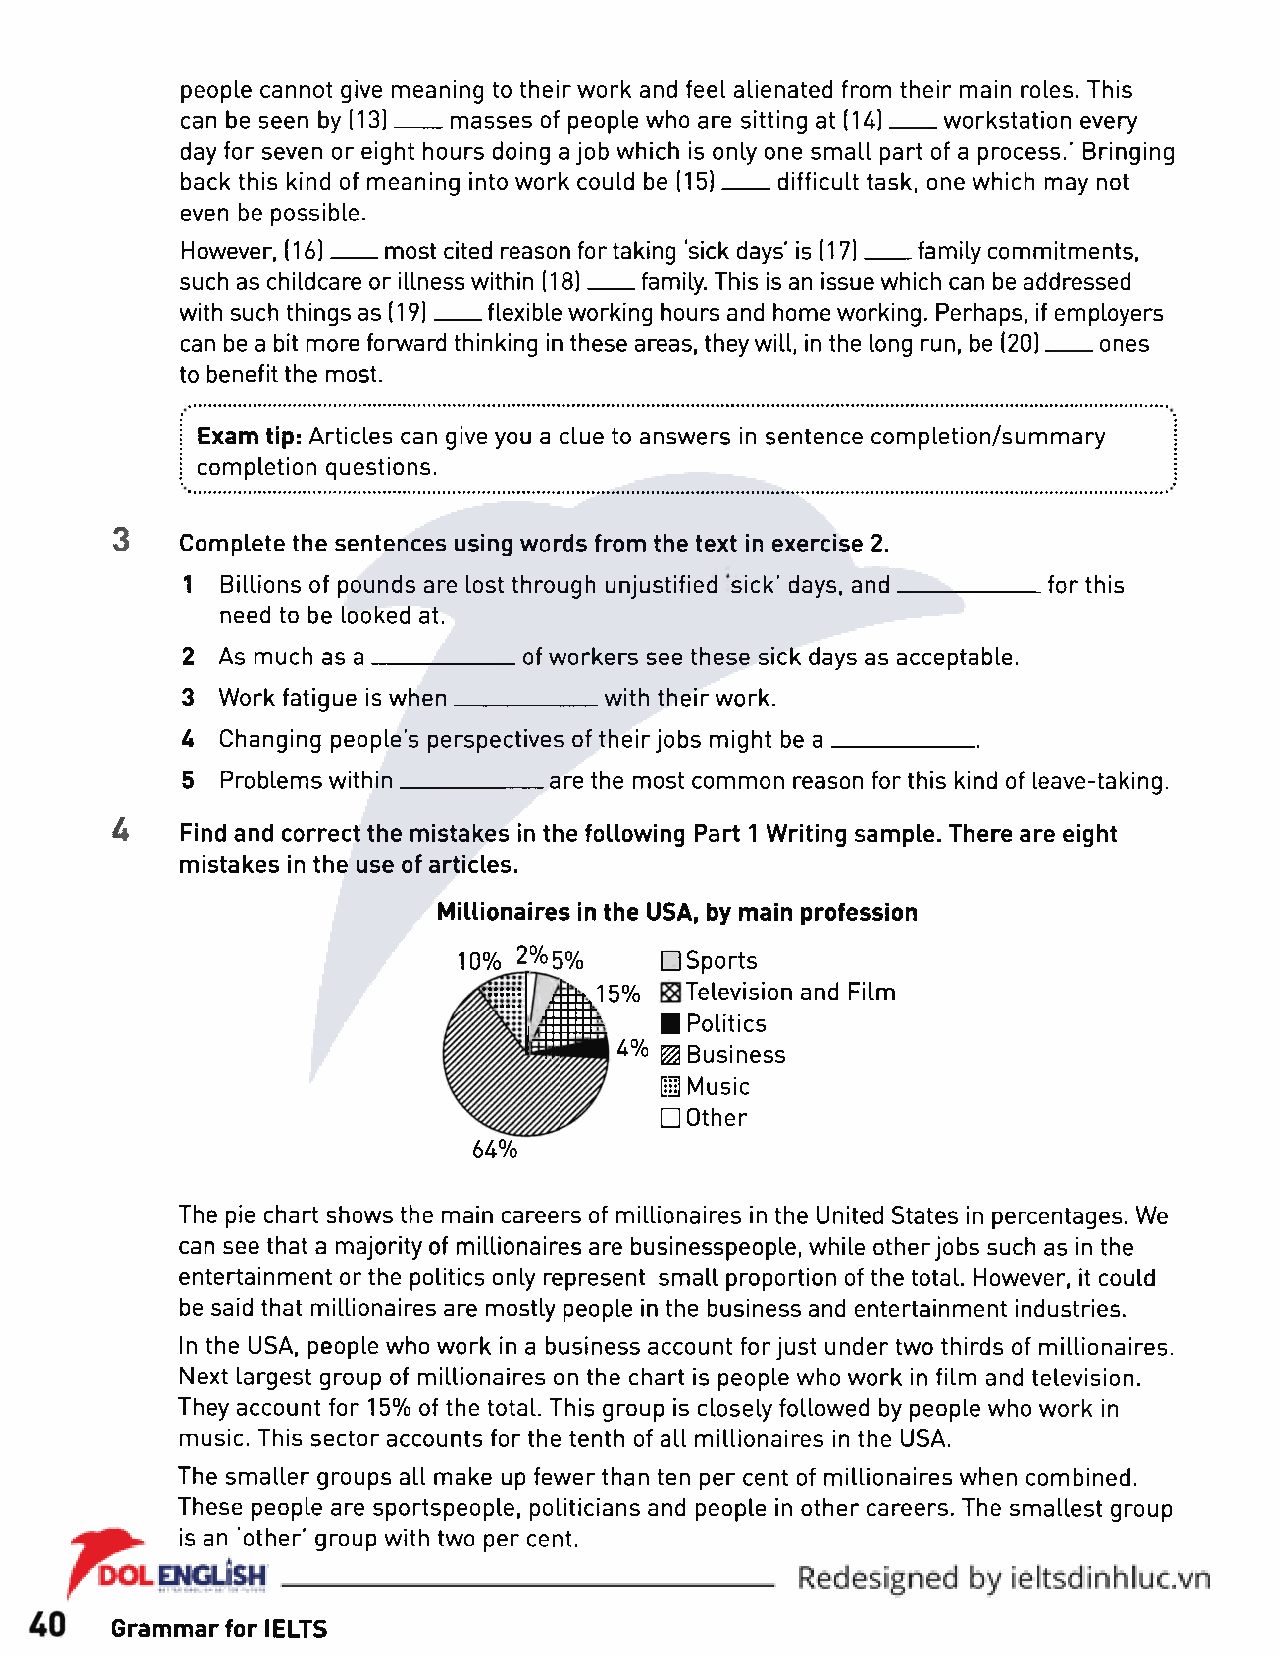
people cannot give meaning to their work and feel alienated from their main roles. This
 can be seen by (13)____masses of people who are sitting at (14)____workstation every
 day for seven or eight hours doing a job which is only one small part of a process.' Bringing
 back this kind of meaning into work could be (15)____difficult task, one which may not
 even be possible.
 However, (16)___ most cited reason for taking 'sick days' is (17)____family commitments,
 such as childcare or illness within (18)___ family. This is an issue which can be addressed
 with such things as (19)___ flexible working hours and home working. Perhaps, if employers
 can be a bit more forward thinking in these areas, they will, in the long run, be (20)___ ones
 to benefit the most.
 ! Exam tip: Articles can give you a clue to answers in sentence completion/summary
 i completion questions.
 3
 Complete the sentences using words from the text in exercise 2.
 1 Billions of pounds are lost through unjustified sick' days, and______________for this
 need to be looked at.
 2 As much as a___________ of workers see these sick days as acceptable.
 3 Work fatigue is whenwith their work.
 4 Changing people’s perspectives of their jobs might be       a __
 5  Problems within___________ are the most common reason for this kind of leave-taking.
 4
 Find and correct the mistakes in the following Part 1 Writing sample. There are eight
 mistakes in the use of articles.
 Millionaires in the USA, by main profession
 10% 2%5%      □ Sports
 15%  Television and Film
 ■ Politics
 4% W Business
 Hi Music
 □ Other
 64%
 The pie chart shows the main careers of millionaires in the United States in percentages. We
 can see that a majority of millionaires are businesspeople, while other jobs such as in the
 entertainment or the politics only represent small proportion of the total. However, it could
 be said that millionaires are mostly people in the business and entertainment industries.
 In the USA, people who work in a business account for just under two thirds of millionaires.
 Next largest group of millionaires on the chart is people who work in film and television.
 They account for 15% of the total. This group is closely followed by people who work in
 music. This sector accounts for the tenth of all millionaires in the USA.
 The smaller groups all make up fewer than ten per cent of millionaires when combined.
 These people are sportspeople, politicians and people in other careers. The smallest group
 is an ‘other’ group with two per cent.
 Grammar for IELTS
 _